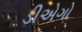
ડીએગો